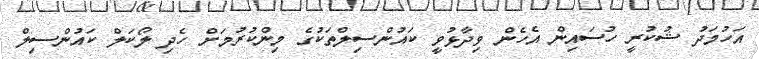
އަހުމަދު ޝުކުރީ ހުސައިން އެހެން ވިދާޅުވީ ކައުންސިލްތަކުގެ މިންކުރުމަށް ހެދި ލޯކަލް ކައުންސިލް